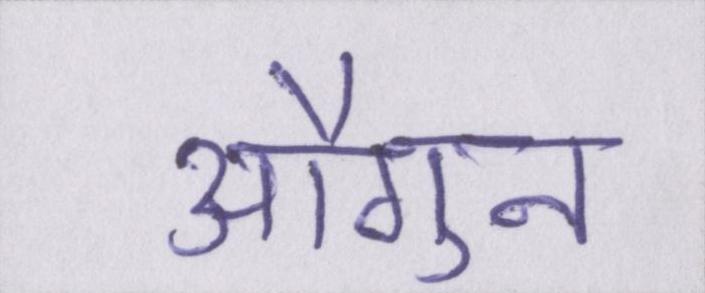
औगुन